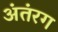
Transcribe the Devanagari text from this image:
अंतंरग